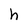
Character: h